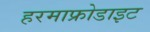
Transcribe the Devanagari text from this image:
हरमाफ्रोडाइट